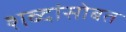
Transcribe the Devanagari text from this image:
शब्दांसोबत